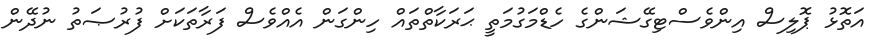
އަތޮޅު ޕޮލިސް އިންވެސްޓިގޭޝަންގެ ހެޑްމަގުމަތީ ޙަރަކާތްތައް ހިންގަން އެއްވެސް ފަރާތަކަށް ފުރުޞަތު ނުދޭން